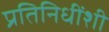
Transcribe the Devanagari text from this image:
प्रतिनिधींशी